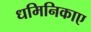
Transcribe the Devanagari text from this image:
धमिनिकाए